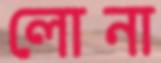
লোনা